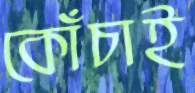
কোঁচাই